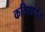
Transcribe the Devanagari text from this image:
कवितायेम